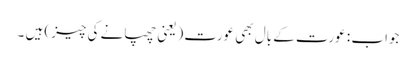
جواب : عورت کے بال بھی عورت (یعنی چھپانے کی چیز) ہیں ۔